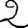
Digit: 2